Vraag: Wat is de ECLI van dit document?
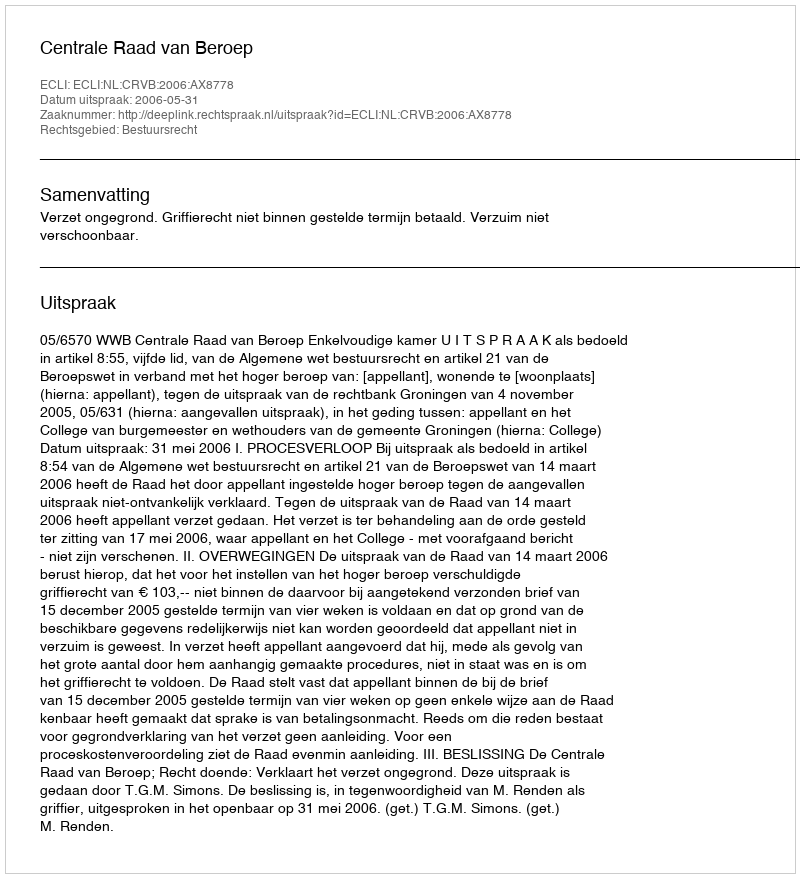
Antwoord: ECLI:NL:CRVB:2006:AX8778